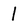
Character: 1